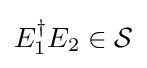
E_{1}^{\dagger }E_{2}\in {\mathcal {S}}